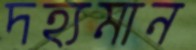
দহ্যমান